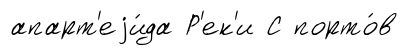
апарт'еjи́да Р'ек'и С порто́в